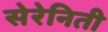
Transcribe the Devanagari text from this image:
सेरेनिती